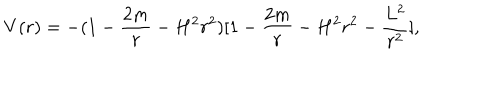
LaTeX: V ( r ) = - ( 1 - \frac { 2 m } { r } - H ^ { 2 } r ^ { 2 } ) [ 1 - \frac { 2 m } { r } - H ^ { 2 } r ^ { 2 } - \frac { L ^ { 2 } } { r ^ { 2 } } ] ,